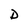
Character: D